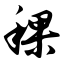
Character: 稞